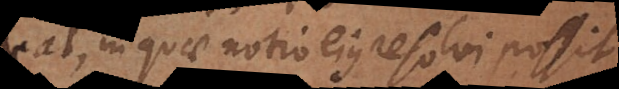
habeat, in quae notio ejus resolvi possit: